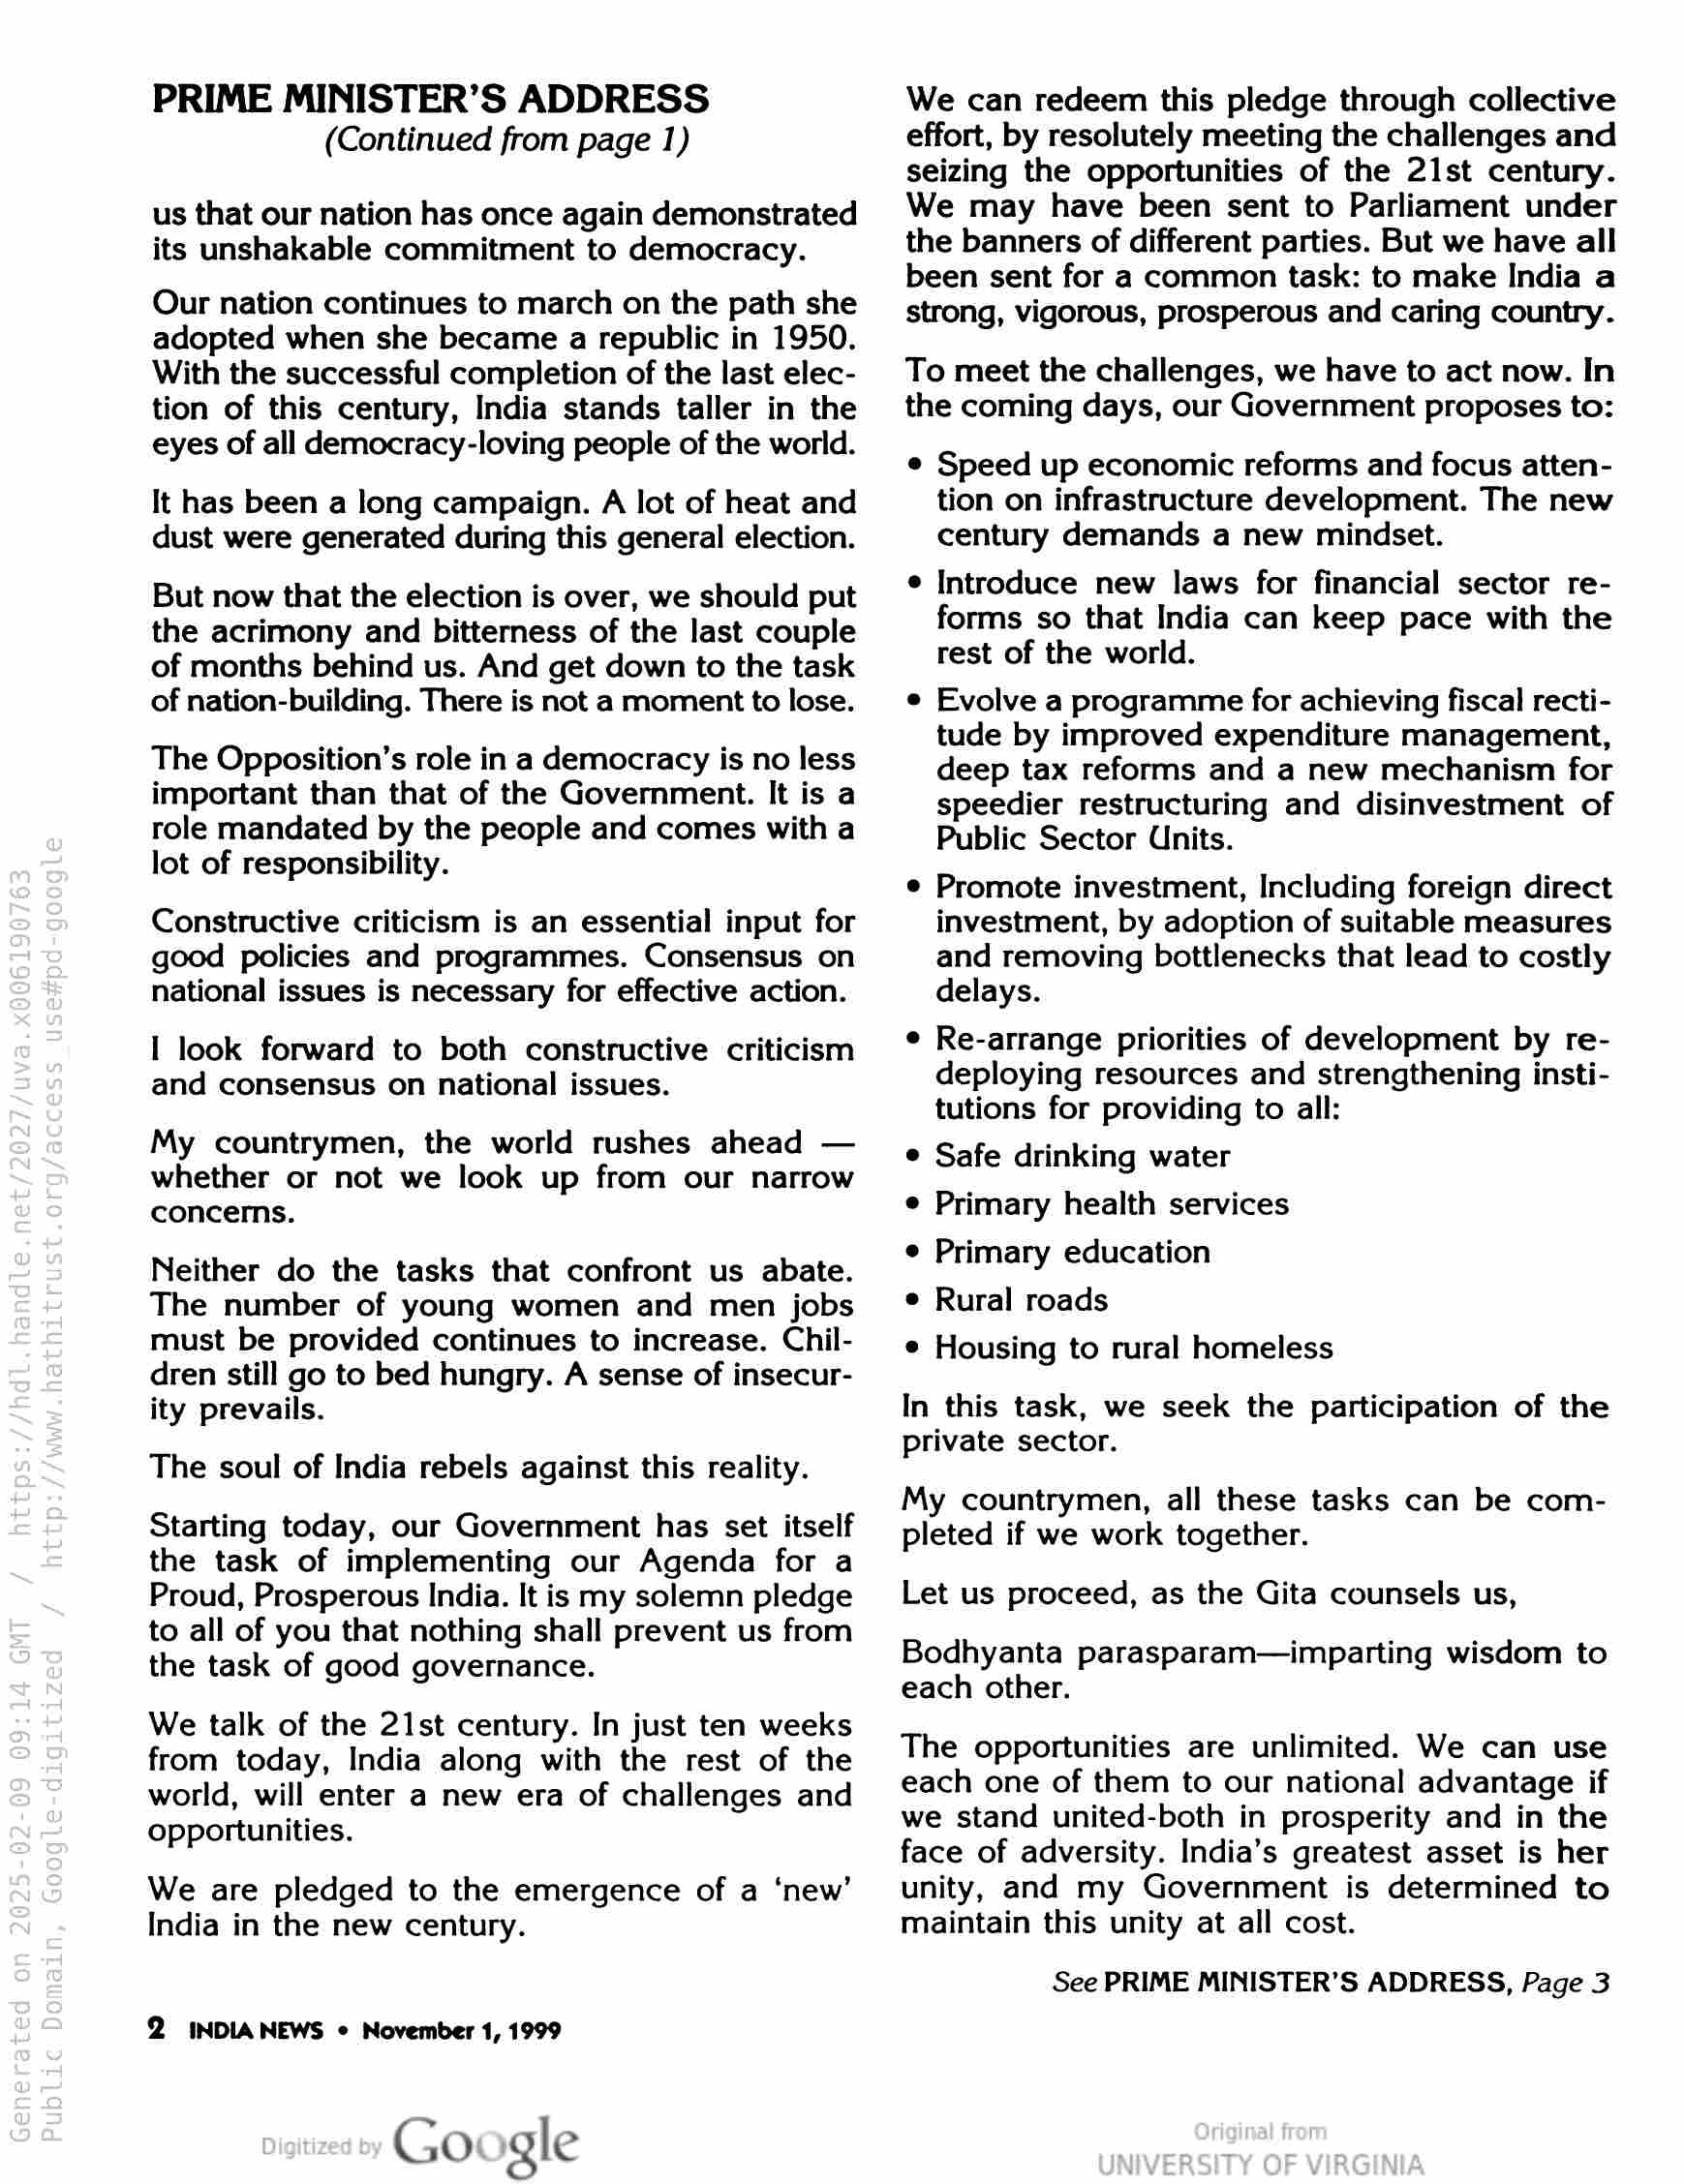
PRIME MINISTER’S ADDRESS
(Continued from page 1)

us that our nation has once again demonstrated
its unshakable commitment to democracy.

Our nation continues to march on the path she
adopted when she became a republic in 1950.
With the successful completion of the last elec-
tion of this century, India stands taller in the
eyes of all democracy-loving people of the world.

It has been a long campaign. A lot of heat and
dust were generated during this general election.

But now that the election is over, we should put
the acrimony and bitterness of the last couple
of months behind us. And get down to the task
of nation-building. There is not a moment to lose.

The Opposition’s role in a democracy is no less
important than that of the Government. It is a
role mandated by the people and comes with a
lot of responsibility.

Constructive criticism is an essential input for
good policies and programmes. Consensus on
national issues is necessary for effective action.

I look forward to both constructive criticism
and consensus on national issues.

My countrymen, the world rushes ahead —
whether or not we look up from our narrow
concerns.

Neither do the tasks that confront us abate.
The number of young women and men jobs
must be provided continues to increase. Chil-
dren still go to bed hungry. A sense of insecur-
ity prevails.

The soul of India rebels against this reality.

Starting today, our Government has set itself
the task of implementing our Agenda for a
Proud, Prosperous India. It is my solemn pledge
to all of you that nothing shall prevent us from
the task of good governance.

We talk of the 21st century. In just ten weeks
from today, India along with the rest of the
world, will enter a new era of challenges and
opportunities.

We are pledged to the emergence of a ‘new’
India in the new century.

2 INDIA NEWS © November 1, 1999

Go gle

We can redeem this pledge through collective
effort, by resolutely meeting the challenges and
seizing the opportunities of the 21st century.
We may have been sent to Parliament under
the banners of different parties. But we have all
been sent for a common task: to make India a
strong, vigorous, prosperous and caring country.

To meet the challenges, we have to act now. In
the coming days, our Government proposes to:

© Speed up economic reforms and focus atten-
tion on infrastructure development. The new
century demands a new mindset.

e Introduce new laws for financial sector re-
forms so that India can keep pace with the
rest of the world.

Evolve a programme for achieving fiscal recti-
tude by improved expenditure management,
deep tax reforms and a new mechanism for
speedier restructuring and disinvestment of
Public Sector Units.

Promote investment, Including foreign direct
investment, by adoption of suitable measures
and removing bottlenecks that lead to costly
delays.

Re-arrange priorities of development by re-
deploying resources and strengthening insti-
tutions for providing to all:

© Safe drinking water

¢ Primary health services

e Primary education

e Rural roads

e Housing to rural homeless

In this task, we seek the participation of the
private sector.

My countrymen, all these tasks can be com-
pleted if we work together.

Let us proceed, as the Gita counsels us,

Bodhyanta parasparam—imparting wisdom to
each other.

The opportunities are unlimited. We can use
each one of them to our national advantage if
we stand united-both in prosperity and in the
face of adversity. India’s greatest asset is her
unity, and my Government is determined to
maintain this unity at all cost.

See PRIME MINISTER’S ADDRESS, Page 3